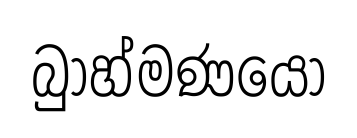
බුාහ්මණයෝ